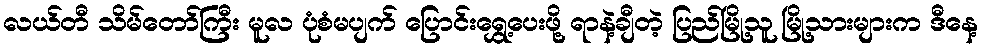
လယ်တီ သိမ်တော်ကြီး မူလ ပုံစံမပျက် ပြောင်းရွှေ့ပေးဖို့ ရာနဲ့ချီတဲ့ ပြည်မြို့သူ မြို့သားများက ဒီနေ့